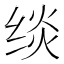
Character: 𰬧